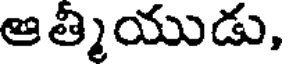
ఆత్మియుడు,